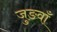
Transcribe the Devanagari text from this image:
जुङवाँ